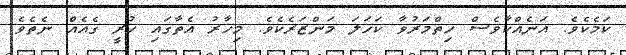
ކަމެކެވެ. އަނެއްކާވެސް ހިތްމަރުވާ ކަހަލަ މަންޒަރެކެވެ. މިހާރު އެތާގައި ހުރީ ގެއެއް ނެތެވެ.